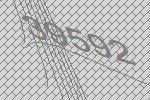
39592